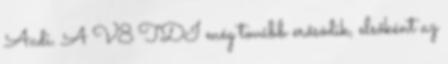
Audi. A V8 TDI még tovább erősödik, elsőként az